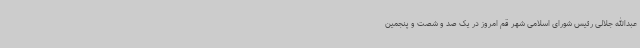
عبدالله جلالی رئیس شورای اسلامی شهر قم امروز در یک صد و شصت و پنجمین